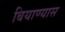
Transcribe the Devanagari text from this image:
बियाण्यास